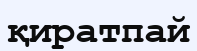
қиратпай